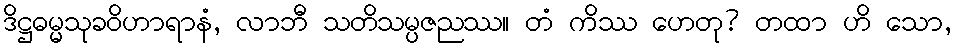
ဒိဋ္ဌဓမ္မသုခဝိဟာရာနံ, လာဘီ သတိသမ္ပဇညဿ။ တံ ကိဿ ဟေတု? တထာ ဟိ သော,